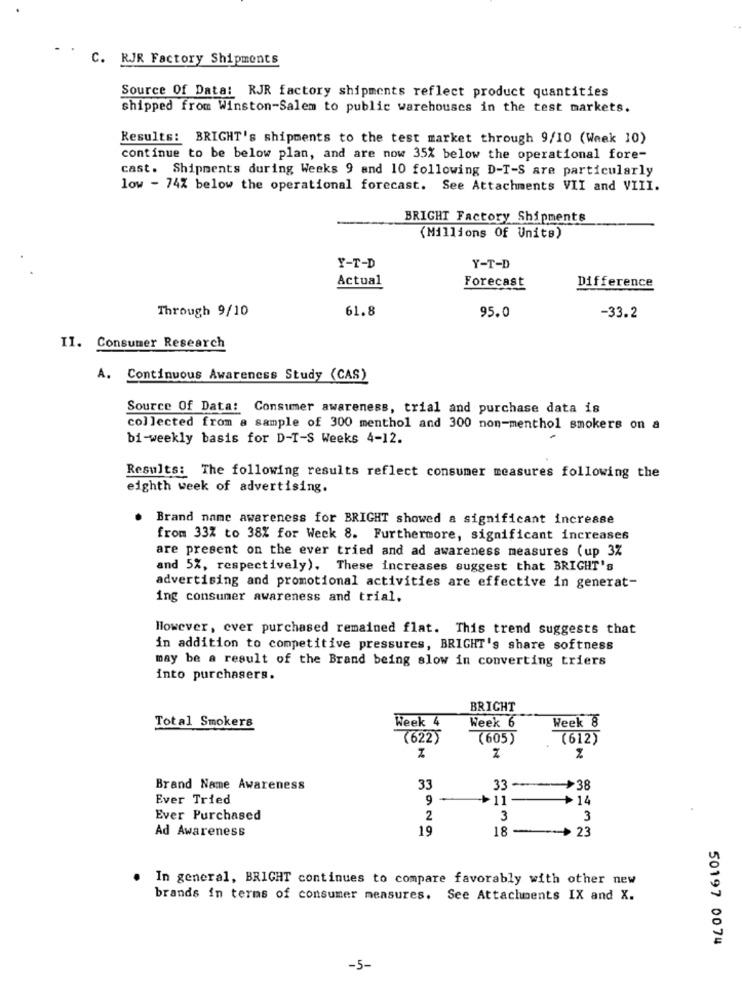
C. RJR Factory Shipments
Source Of Data: RJR factory shipments reflect product quantities
shipped from Winston-Salem to public warehouses in the test markets.
Results: BRIGHT's shipments to the test market through 9/10 (Week 10)
continue to be below plan, and are now 35% below the operational fore-
cast. Shipments during Weeks 9 and 10 following D-T-S are particularly
low - 74% below the operational forecast. See Attachments VII and VIII.
BRIGHT Factory Shipments
(Millions Of Units)
Y-T-D
Y-T-D
Actual
Forecast
Difference
Through 9/10
61.8
95.0
-33.2
II. Consumer Research
A. Continuous Awareness Study (CAS)
Source Of Data: Consumer awareness, trial and purchase data is
collected from a sample of 300 menthol and 300 non-menthol smokers on a
bi-weekly basis for D-T-S Weeks 4-12.
Results: The following results reflect consumer measures following the
eighth week of advertising.
Brand name awareness for BRIGHT showed a significant increase
from 33% to 38% for Week 8. Furthermore, significant increases
are present on the ever tried and ad awareness measures (up 3%
and 5%, respectively). These increases suggest that BRIGHT's
advertising and promotional activities are effective in generat-
ing consumer awareness and trial.
However, ever purchased remained flat. This trend suggests that
in addition to competitive pressures, BRIGHT's share softness
may be a result of the Brand being slow in converting triers
into purchasers.
BRICHT
Week 4
Total Smokers
Week 6
Week 8
(622)
(605)
(612)
Brand Name Awareness
33
33
->38
Ever Tried
9
+11
>14
Ever Purchased
2
3
3
Ad Awareness
19
18
23
In general, BRIGHT continues to compare favorably with other new
brands in terms of consumer measures. See Attachments IX and X.
50197 0074
-5-